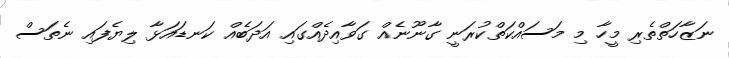
ނަޒާހަތްތެރި މީހާ މި މަސައްކަތްކުރަނީ ގާނޫނެއް ގަވާއިދެއްގައި އަދަބެއް ކަނޑައަޅާ ލިޔެފައި ނެތަސް